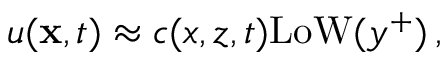
u ( { \bf x } , t ) \approx c ( x , z , t ) \mathrm { L o W } ( y ^ { + } ) \, ,